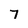
Character: 7